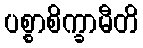
ပစ္စာစိက္ခာမီတိ